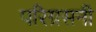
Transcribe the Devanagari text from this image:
परिग्रसनी